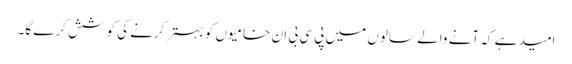
امید ہے کہ آنے والے سالوں میں پی سی بی ان خامیوں کو بہتر کرنے کی کوشش کرے گا۔